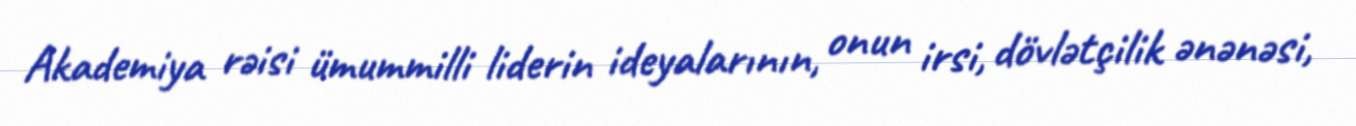
Akademiya rəisi ümummilli liderin ideyalarının, onun irsi, dövlətçilik ənənəsi,